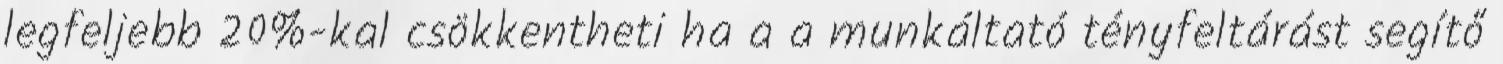
legfeljebb 20%-kal csökkentheti ha a a munkáltató tényfeltárást segítő